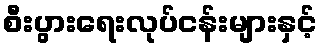
စီးပွားရေးလုပ်ငန်းများနှင့်